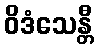
ဝိဒံသေန္တီ